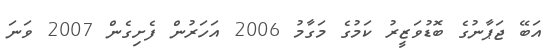
އަބޭ ޖަޕާނުގެ ބޮޑުވަޒީރު ކަމުގެ މަގާމު 2006 އަހަރުން ފެށިގެން 2007 ވަނަ